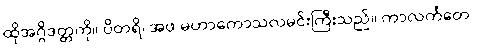
ထိုအဂ္ဂိဒတ္တကို။ ပိတရိ၊ အဖ မဟာကောသလမင်းကြီးသည်။ ကာလင်္ကတေ၊